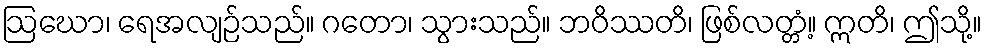
ဩဃော၊ ရေအလျဉ်သည်။ ဂတော၊ သွားသည်။ ဘဝိဿတိ၊ ဖြစ်လတ္တံ့။ ဣတိ၊ ဤသို့။